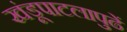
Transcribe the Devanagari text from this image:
खंडूपाटलापुढें